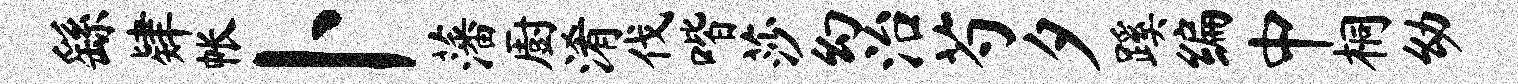
繇肄帐卜藩厨淆伐喈莎幻治芍夕蹊编中桐幼